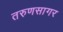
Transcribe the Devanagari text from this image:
तरुणसागर